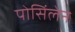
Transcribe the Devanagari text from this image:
पोसिंलेन